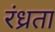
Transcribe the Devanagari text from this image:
रंध्रता